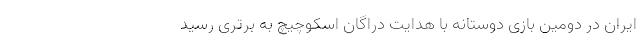
ایران در دومین بازی دوستانه با هدایت دراگان اسکوچیچ به برتری رسید